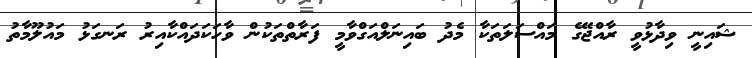
ޝައިނީ ވިދާޅުވީ ރާއްޖޭގެ މައްސަލަތަކާ މެދު ބައިނަލްއަގްވާމީ ފަރާތްތަކުން ވާހަކަދައްކާއިރު ރަނގަޅު މައުލޫމާތު